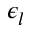
\epsilon _ { l }